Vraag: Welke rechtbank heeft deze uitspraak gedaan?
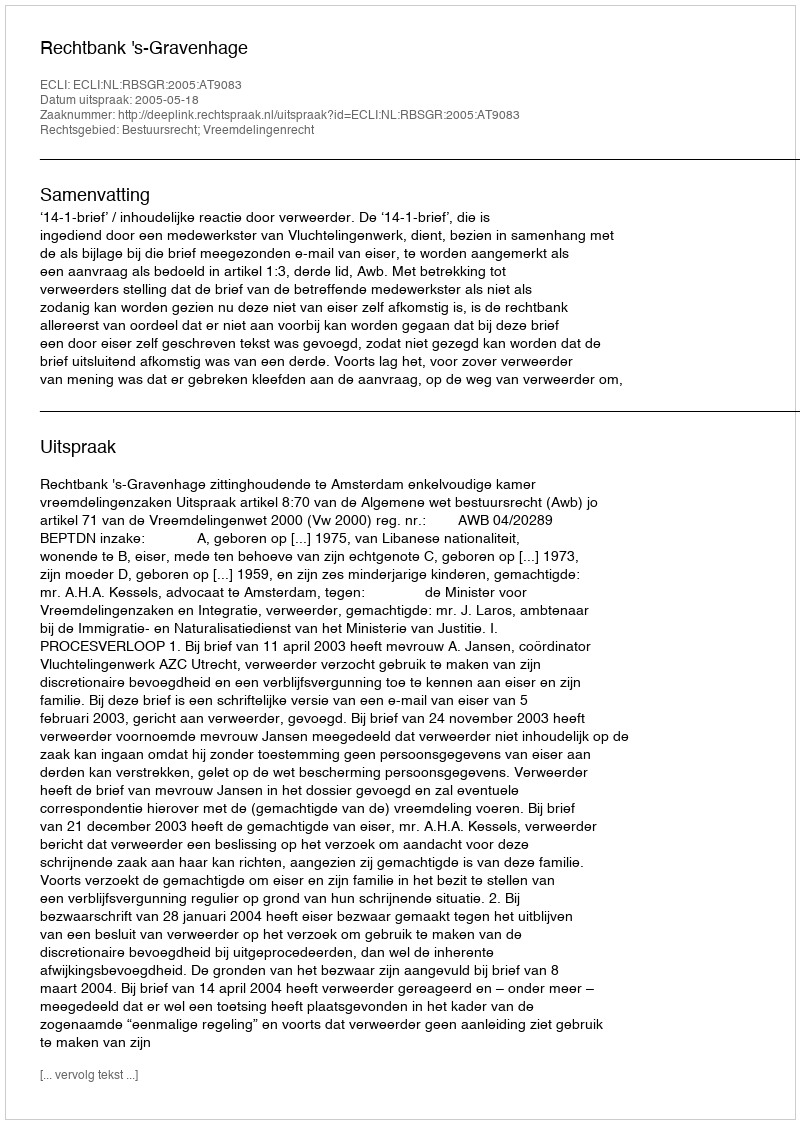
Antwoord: Rechtbank 's-Gravenhage